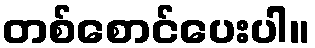
တစ်စောင်ပေးပါ။